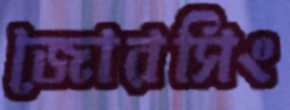
জোরসিং